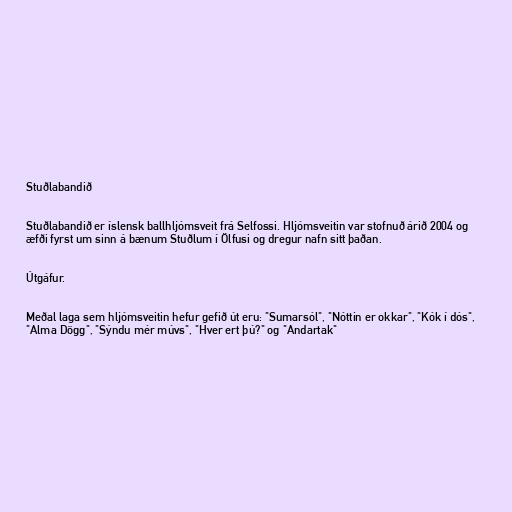
Stuðlabandið

Stuðlabandið er íslensk ballhljómsveit frá Selfossi. Hljómsveitin var stofnuð árið 2004 og
æfði fyrst um sinn á bænum Stuðlum í Ölfusi og dregur nafn sitt þaðan.

Útgáfur.

Meðal laga sem hljómsveitin hefur gefið út eru: "Sumarsól", "Nóttin er okkar", "Kók í dós",
"Alma Dögg", "Sýndu mér múvs", "Hver ert þú?" og "Andartak"